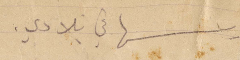
درسها في بلادي